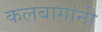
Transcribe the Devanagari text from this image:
कलबागांनी